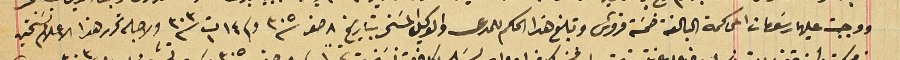
ووجبت عليهما رسَومات المحاكمة البالغة خمسَة قروش وتبلغ هذا الحكم للمدعى والوكيل المسَخر بتاريخ ٨ صفر سنة ٣٠٥ وفى ١٤ ت١ سنة ٣٠٣ ولاجله تحرر هذا الاعلام نسَختين